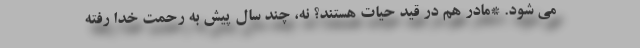
می شود. *مادر هم در قید حیات هستند؟ نه، چند سال پیش به رحمت خدا رفته